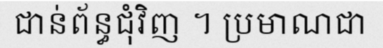
ជាន់ព័ន្ធជុំវិញ ។ ប្រមាណជា